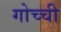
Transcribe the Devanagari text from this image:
गोच्ची